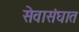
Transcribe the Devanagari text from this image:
सेवासंघात